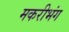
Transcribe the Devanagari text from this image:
मकरीभंग